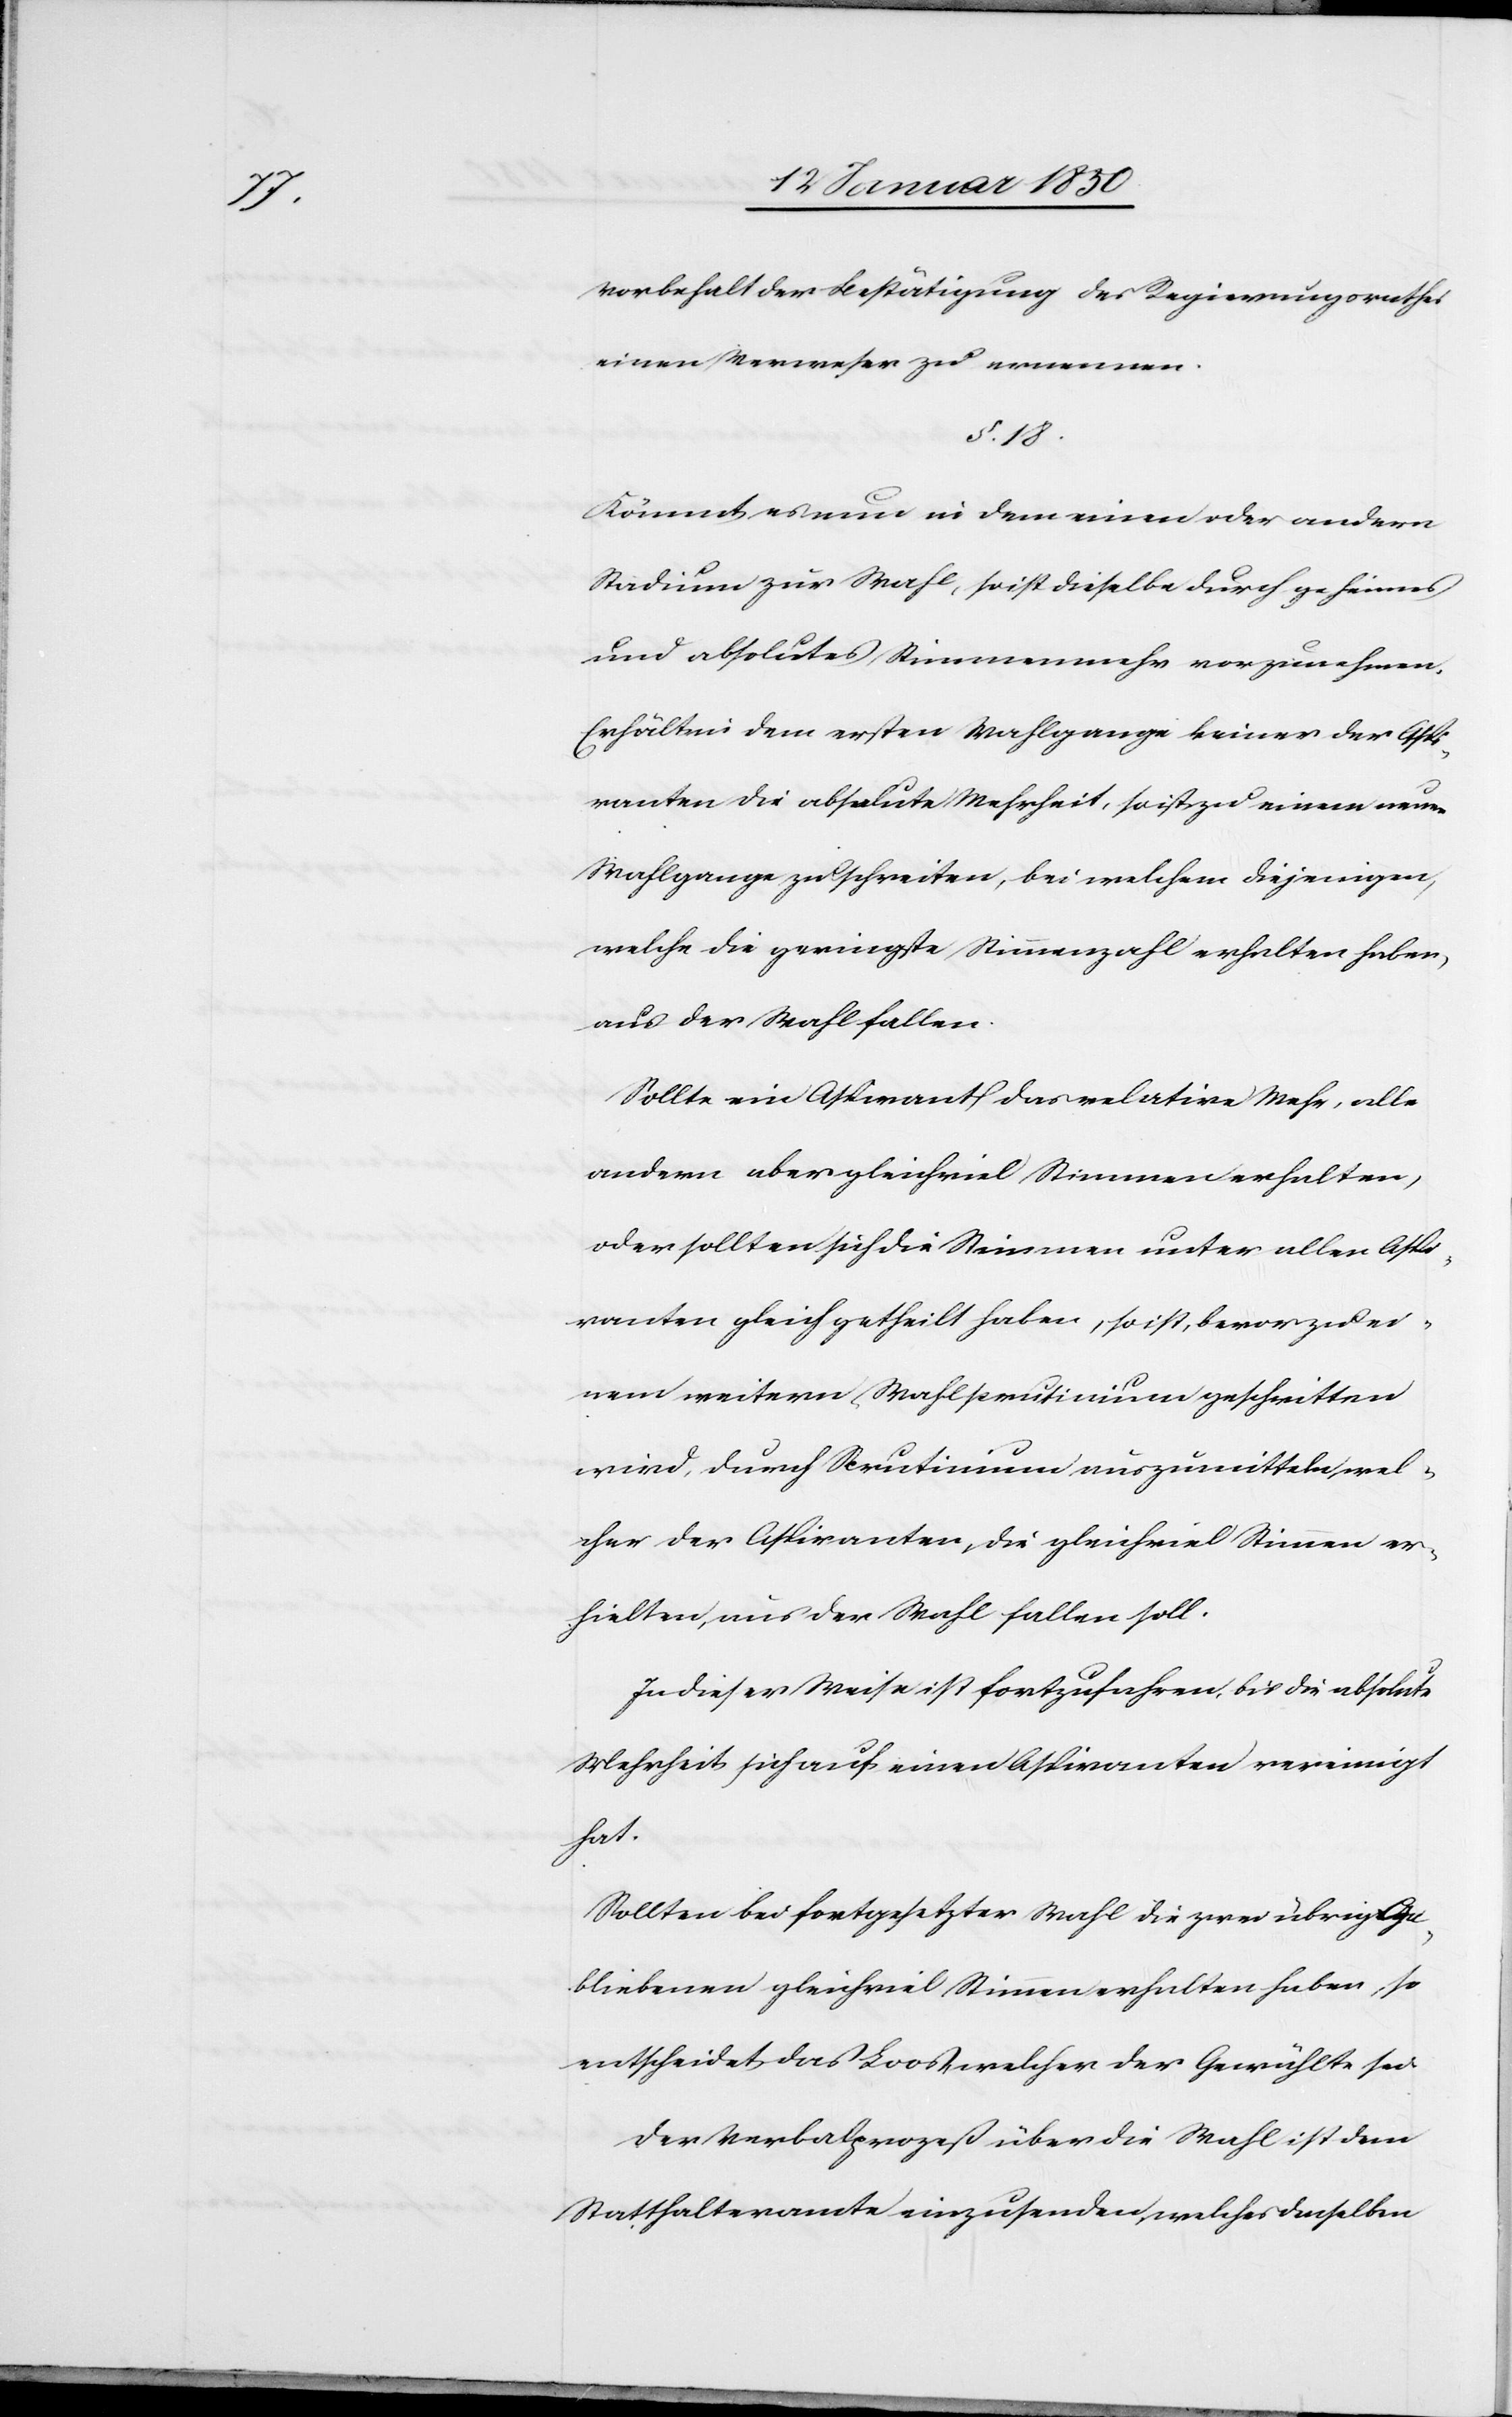
Vorbehalt der Bestätigung des Regierungsrathes
einen Verweser zu ernennen.
§. 18.
Kömmt es nun in dem einen oder andern
Stadium zur Wahl, so ist dieselbe durch geheimes
und absolutes Stimmenmehr vorzunehmen.
Erhält in dem ersten Wahlgange keiner der Aspi¬
ranten die absolute Mehrheit, so ist zu einem neuen
Wahlgange zu schreiten, bei welchem diejenigen,
welche die geringste Stimmenzahl erhalten haben,
aus der Wahl fallen.
Sollte ein Aspirant das relative Mehr, alle
andern aber gleichviel Stimmen erhalten,
oder sollten sich die Stimmen unter allen Aspi¬
ranten gleich getheilt haben, so ist, bevor zu ei¬
nem weitern Wahlscrutinium geschritten
wird, durch Scrutinium auszumitteln, wel¬
cher der Aspiranten, die gleichviel Stimmen er¬
hielten, aus der Wahl fallen soll.
In dieser Weise ist fortzufahren, bis die absolute
Mehrheit sich auf einen Aspiranten vereinigt
hat.
Sollten bei fortgesetzter Wahl die zwei übrig Ge¬
bliebenen gleichviel Stimmen erhalten haben so
entscheidet das Loos, welcher der Gewählte sei.
Der Verbalprozeß über die Wahl ist dem
Statthalteramte einzusenden, welches denselben